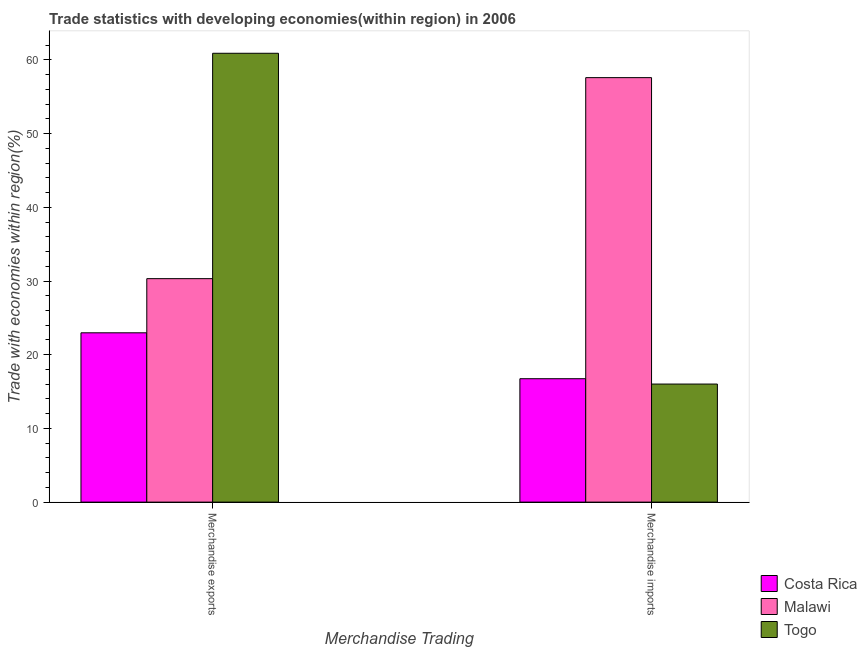
| Merchandise Trading | Costa Rica | Malawi | Togo |
 | --- | --- | --- | --- |
 | Merchandise exports | 23 | 30.3 | 60.9 |
 | Merchandise imports | 16.7 | 57.6 | 16 |